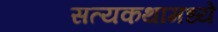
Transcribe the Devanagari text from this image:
सत्यकथामध्ये